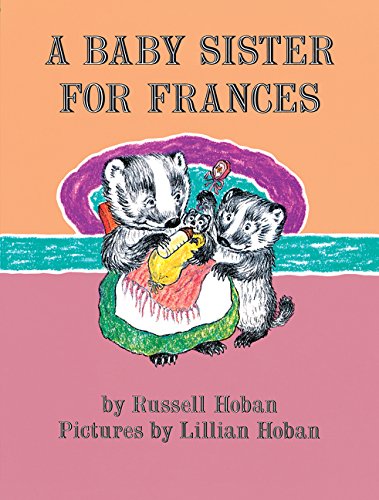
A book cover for A Baby Sister for Frances (I Can Read Level 2); Russell Hoban; Children's Books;